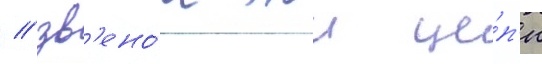
/ зв'ено́м этои це́п'и